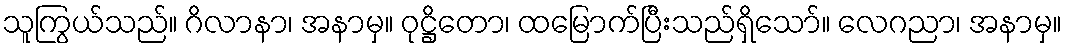
သူကြွယ်သည်။ ဂိလာနာ၊ အနာမှ။ ဝုဋ္ဌိတော၊ ထမြောက်ပြီးသည်ရှိသော်။ လေဂညာ၊ အနာမှ။